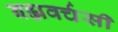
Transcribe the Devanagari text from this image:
बह्मवर्चसी